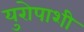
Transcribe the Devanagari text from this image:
युरोपाशी